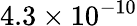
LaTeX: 4.3\times 10^{-10}